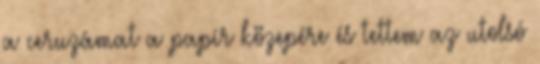
a ceruzámat a papír közepére és tettem az utolsó